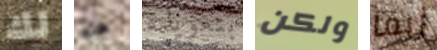
لك هل بتعويذة ولكن ربما